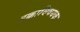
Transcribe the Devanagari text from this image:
हक्कांविषयक